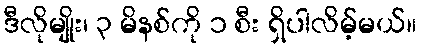
ဒီလိုမျိုး၊ ၃ မိနစ်ကို ၁ စီး ရှိပါလိမ့်မယ်။